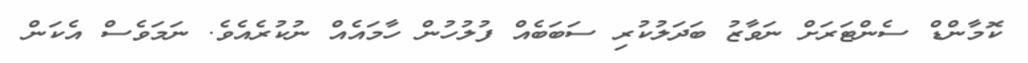
ކޮމާންޑް ސެންޓަރަށް ނަވާޒު ބަދަލުކުރި ސަބަބެއް ފުލުހުން ހާމައެއް ނުކުރެއެވެ. ނަމަވެސް އެކަން